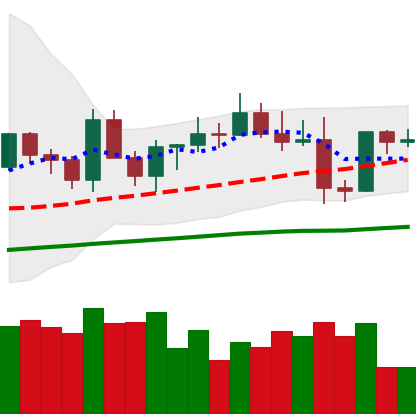
Ticker: EOS-USD
Chart end date: 2021-03-28
Forward return: 52.739%
Label: up_7plus